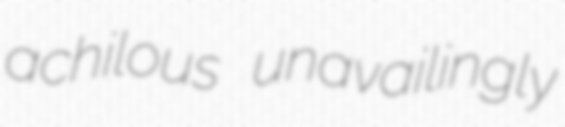
achilous unavailingly